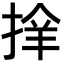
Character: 𢮡